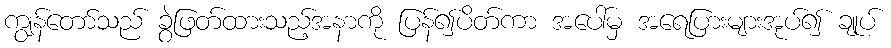
ကျွန်တော်သည် ခွဲဖြတ်ထားသည့်အနာကို ပြန်၍ပိတ်ကာ အပေါ်မှ အရေပြားများအုပ်၍ ချုပ်